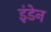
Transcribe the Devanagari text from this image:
इंडेन